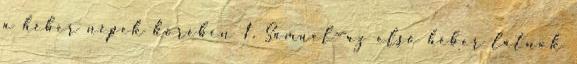
a héber népek körében 1. Sámuel—az első héber látnok